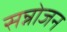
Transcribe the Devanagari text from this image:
सन्नोजन